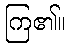
ကြ၏။